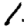
Digit: 1